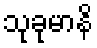
သုခုမာနိ